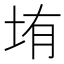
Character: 𰉦